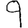
Digit: 9